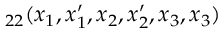
_ { 2 2 } ( x _ { 1 } , x _ { 1 } ^ { \prime } , x _ { 2 } , x _ { 2 } ^ { \prime } , x _ { 3 } , x _ { 3 } )